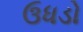
ઉધડો